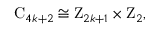
\mathrm { C } _ { 4 k + 2 } \cong \mathrm { Z } _ { 2 k + 1 } \times \mathrm { Z } _ { 2 } ,